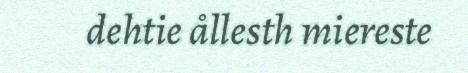
dehtie ållesth miereste